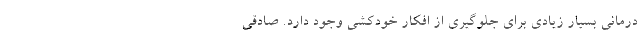
درمانی بسیار زیادی برای جلوگیری از افکار خودکشی وجود دارد. صادقی